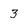
Character: 3